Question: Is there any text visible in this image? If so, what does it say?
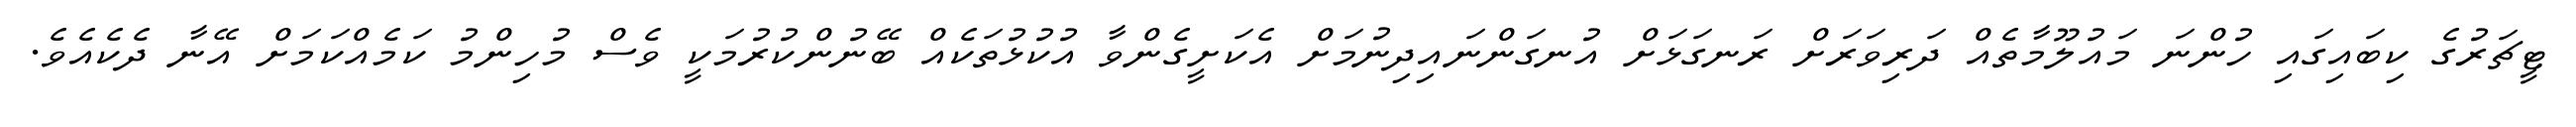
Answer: ޓީޗަރުގެ ކިބައިގައި ހުންނަ މައުލޫމާތެއް ދަރިވަރަށް ރަނގަޅަށް އުނގަންނައިދިނުމަށް އެކަށީގެންވާ އުކުޅުތަކެއް ބޭނުންކުރުމަކީ ވެސް މުހިންމު ކަމެއްކަމަށް އޭނާ ދެކެއެވެ.